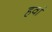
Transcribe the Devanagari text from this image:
हवां